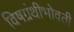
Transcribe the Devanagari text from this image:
विषग्रंथीभोवती